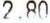
2.80